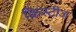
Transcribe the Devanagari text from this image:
क्रिस्टीज